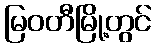
မြဝတီမြို့တွင်